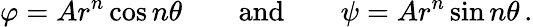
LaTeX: \varphi=Ar^{n}\cos n\theta\qquad{\mathrm{and}}\qquad\psi=Ar^{n}\sin n\theta\, .